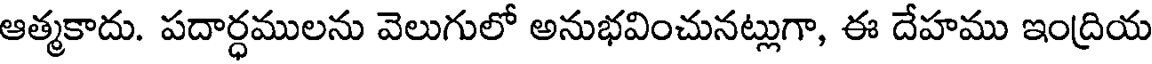
ఆత్మకాదు. పదార్ధములను వెలుగులో అనుభవించునట్లుగా, ఈ దేహము ఇంద్రియ